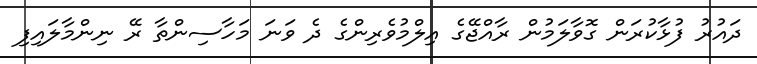
ދައުރު ފުޅާކުރަން ގޮވާލަމުން ރާއްޖޭގެ އިލްމުވެރިންގެ ދެ ވަނަ މަހާސިންތާ ރޭ ނިންމާލައިފި